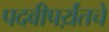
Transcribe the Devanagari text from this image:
पदवीपर्य़ंतचे